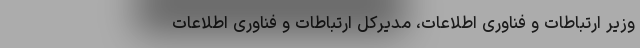
وزیر ارتباطات و فناوری اطلاعات، مدیرکل ارتباطات و فناوری اطلاعات